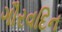
ગૌરવદિન